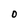
Character: O